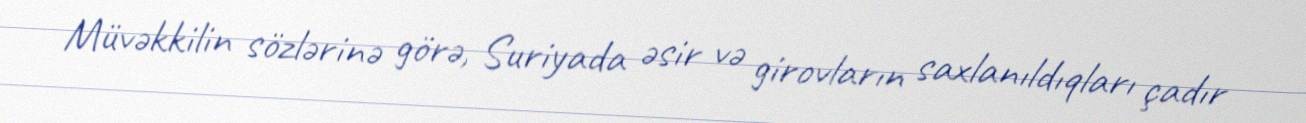
Müvəkkilin sözlərinə görə, Suriyada əsir və girovların saxlanıldıqları çadır